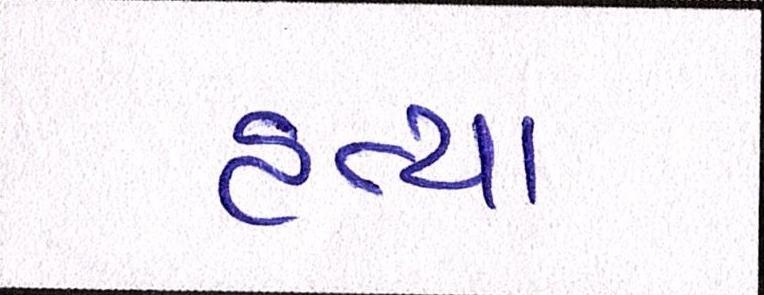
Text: હત્યા